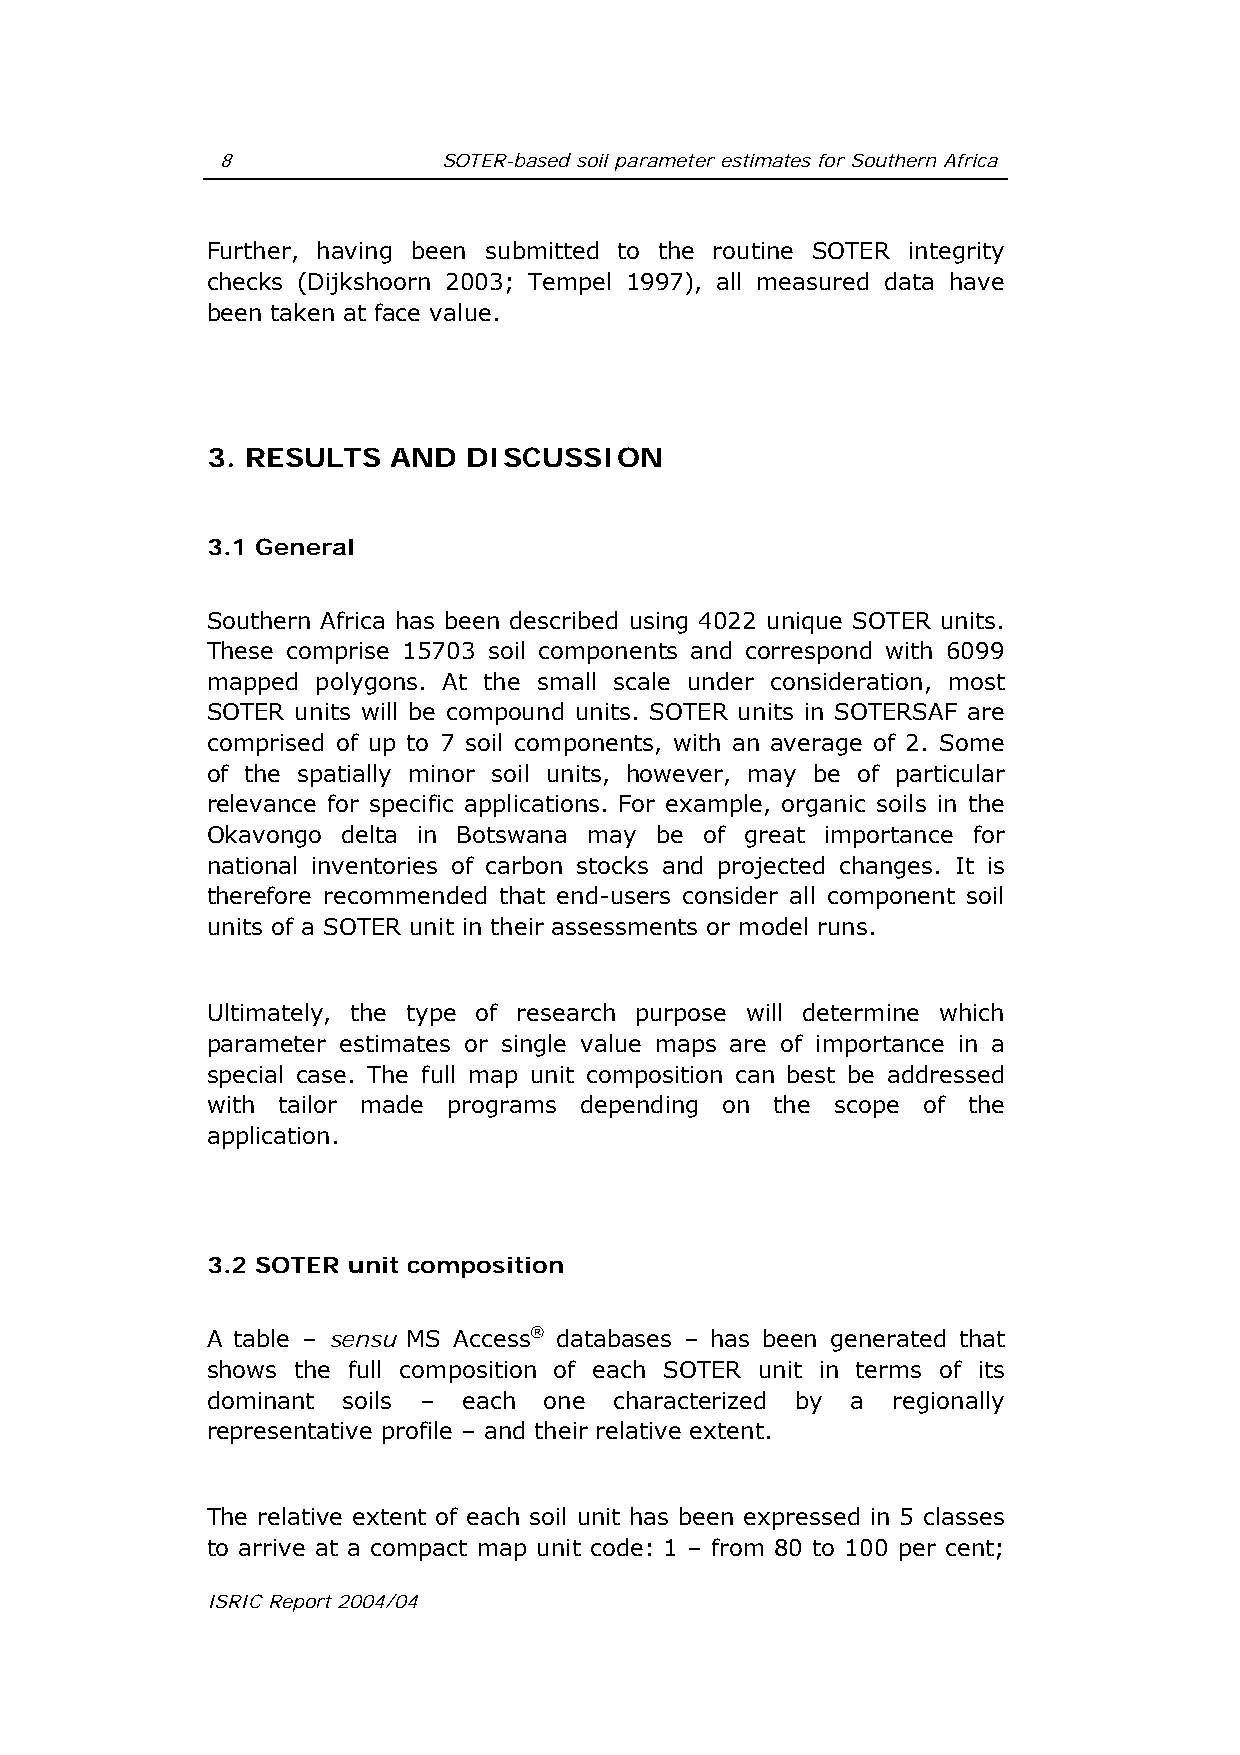
8             SOTER-based soil parameter estimates for Southern Africa
 Further, having been submitted to the routine SOTER integrity
 checks (Dijkshoorn 2003; Tempel 1997), all measured data have
 been taken at face value.
 3. RESULTS  AND  DISCUSSION
 3.1 General
 Southern Africa has been described using 4022 unique SOTER units.
 These comprise 15703 soil components and correspond with 6099
 mapped polygons. At the small scale under consideration, most
 SOTER units will be compound units. SOTER units in SOTERSAF are
 comprised of up to 7 soil components, with an average of 2. Some
 of the spatially minor soil units, however, may be of particular
 relevance for specific applications. For example, organic soils in the
 Okavongo delta in Botswana may be of great importance for
 national inventories of carbon stocks and projected changes. It is
 therefore recommended that end-users consider all component soil
 units of a SOTER unit in their assessments or model runs.
 Ultimately, the type of research purpose will determine which
 parameter estimates or single value maps are of importance in a
 special case. The full map unit composition can best be addressed
 with tailor made programs depending on the scope of the
 application.
 3.2 SOTER unit composition
 A table – sensu MS Access® databases – has been generated that
 shows the full composition of each SOTER unit in terms of its
 dominant soils – each one  characterized by a regionally
 representative profile – and their relative extent.
 The relative extent of each soil unit has been expressed in 5 classes
 to arrive at a compact map unit code: 1 – from 80 to 100 per cent;
 ISRIC Report 2004/04